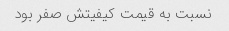
نسبت به قیمت کیفیتش صفر بود